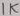
Text: 1K